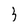
Character: 3